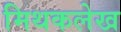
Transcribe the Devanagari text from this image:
मिथकलेख